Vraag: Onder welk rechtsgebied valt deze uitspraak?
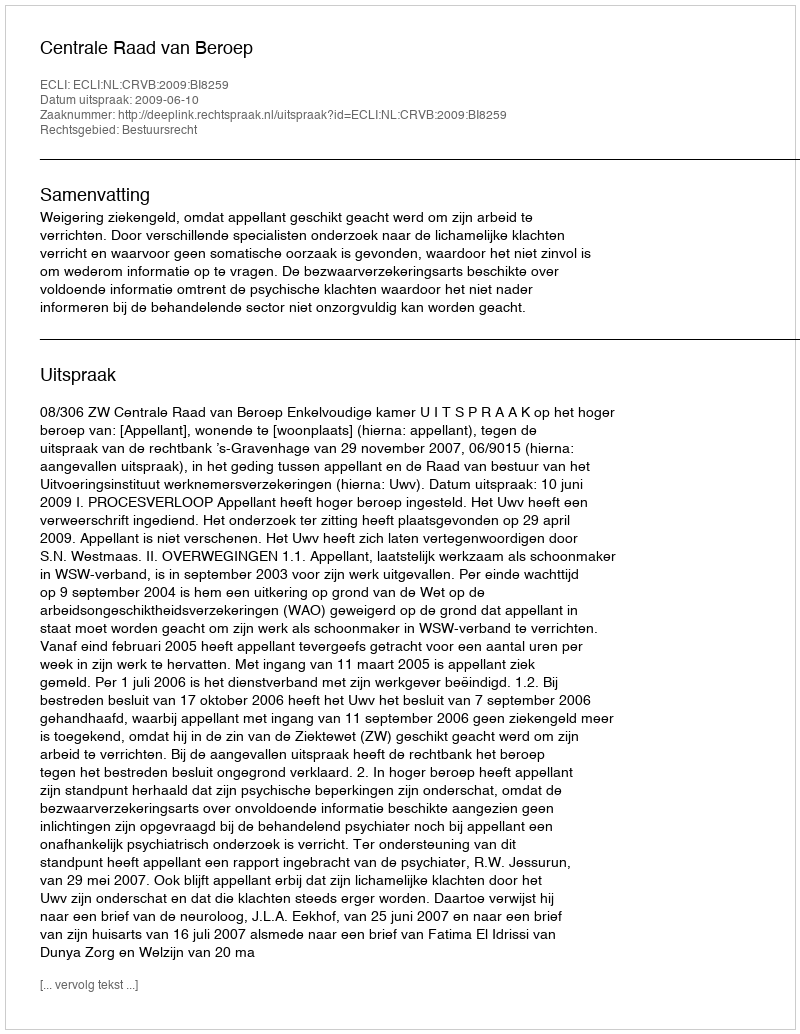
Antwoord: Bestuursrecht